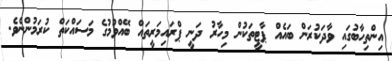
އިންތިހާބުގައި ވާދަކުރަން ބައެއް ޕާޓީތަކުން މިހާރު ދަނީ ޕްރައިމަރީތައް ބޭއްވުމުގެ މަސައްކަތް ކުރަމުންނެވެ.